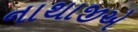
નાથાજીએ